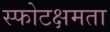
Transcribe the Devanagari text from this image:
स्फोटक्षमता